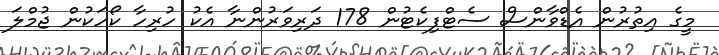
މީގެ އިތުރުން އެޑްވާންސް ސެޓްފިކެޓުން 178 ދަރިވަރުންނާ އެކު ހުރިހާ ކޯހަކުން ޖުމްލަ